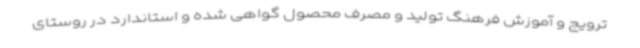
ترویج و آموزش فرهنگ تولید و مصرف محصول گواهی شده و استاندارد در روستای